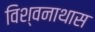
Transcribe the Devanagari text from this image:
विश्वनाथास